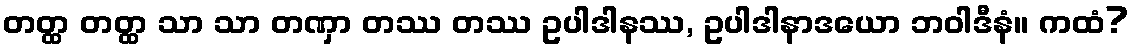
တတ္ထ တတ္ထ သာ သာ တဏှာ တဿ တဿ ဥပါဒါနဿ, ဥပါဒါနာဒယော ဘဝါဒီနံ။ ကထံ?